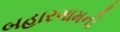
બહારગામની